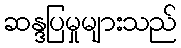
ဆန္ဒပြမှုများသည်